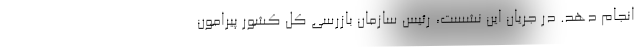
انجام دهد. در جریان این نشست، رئیس سازمان بازرسی کل کشور پیرامون